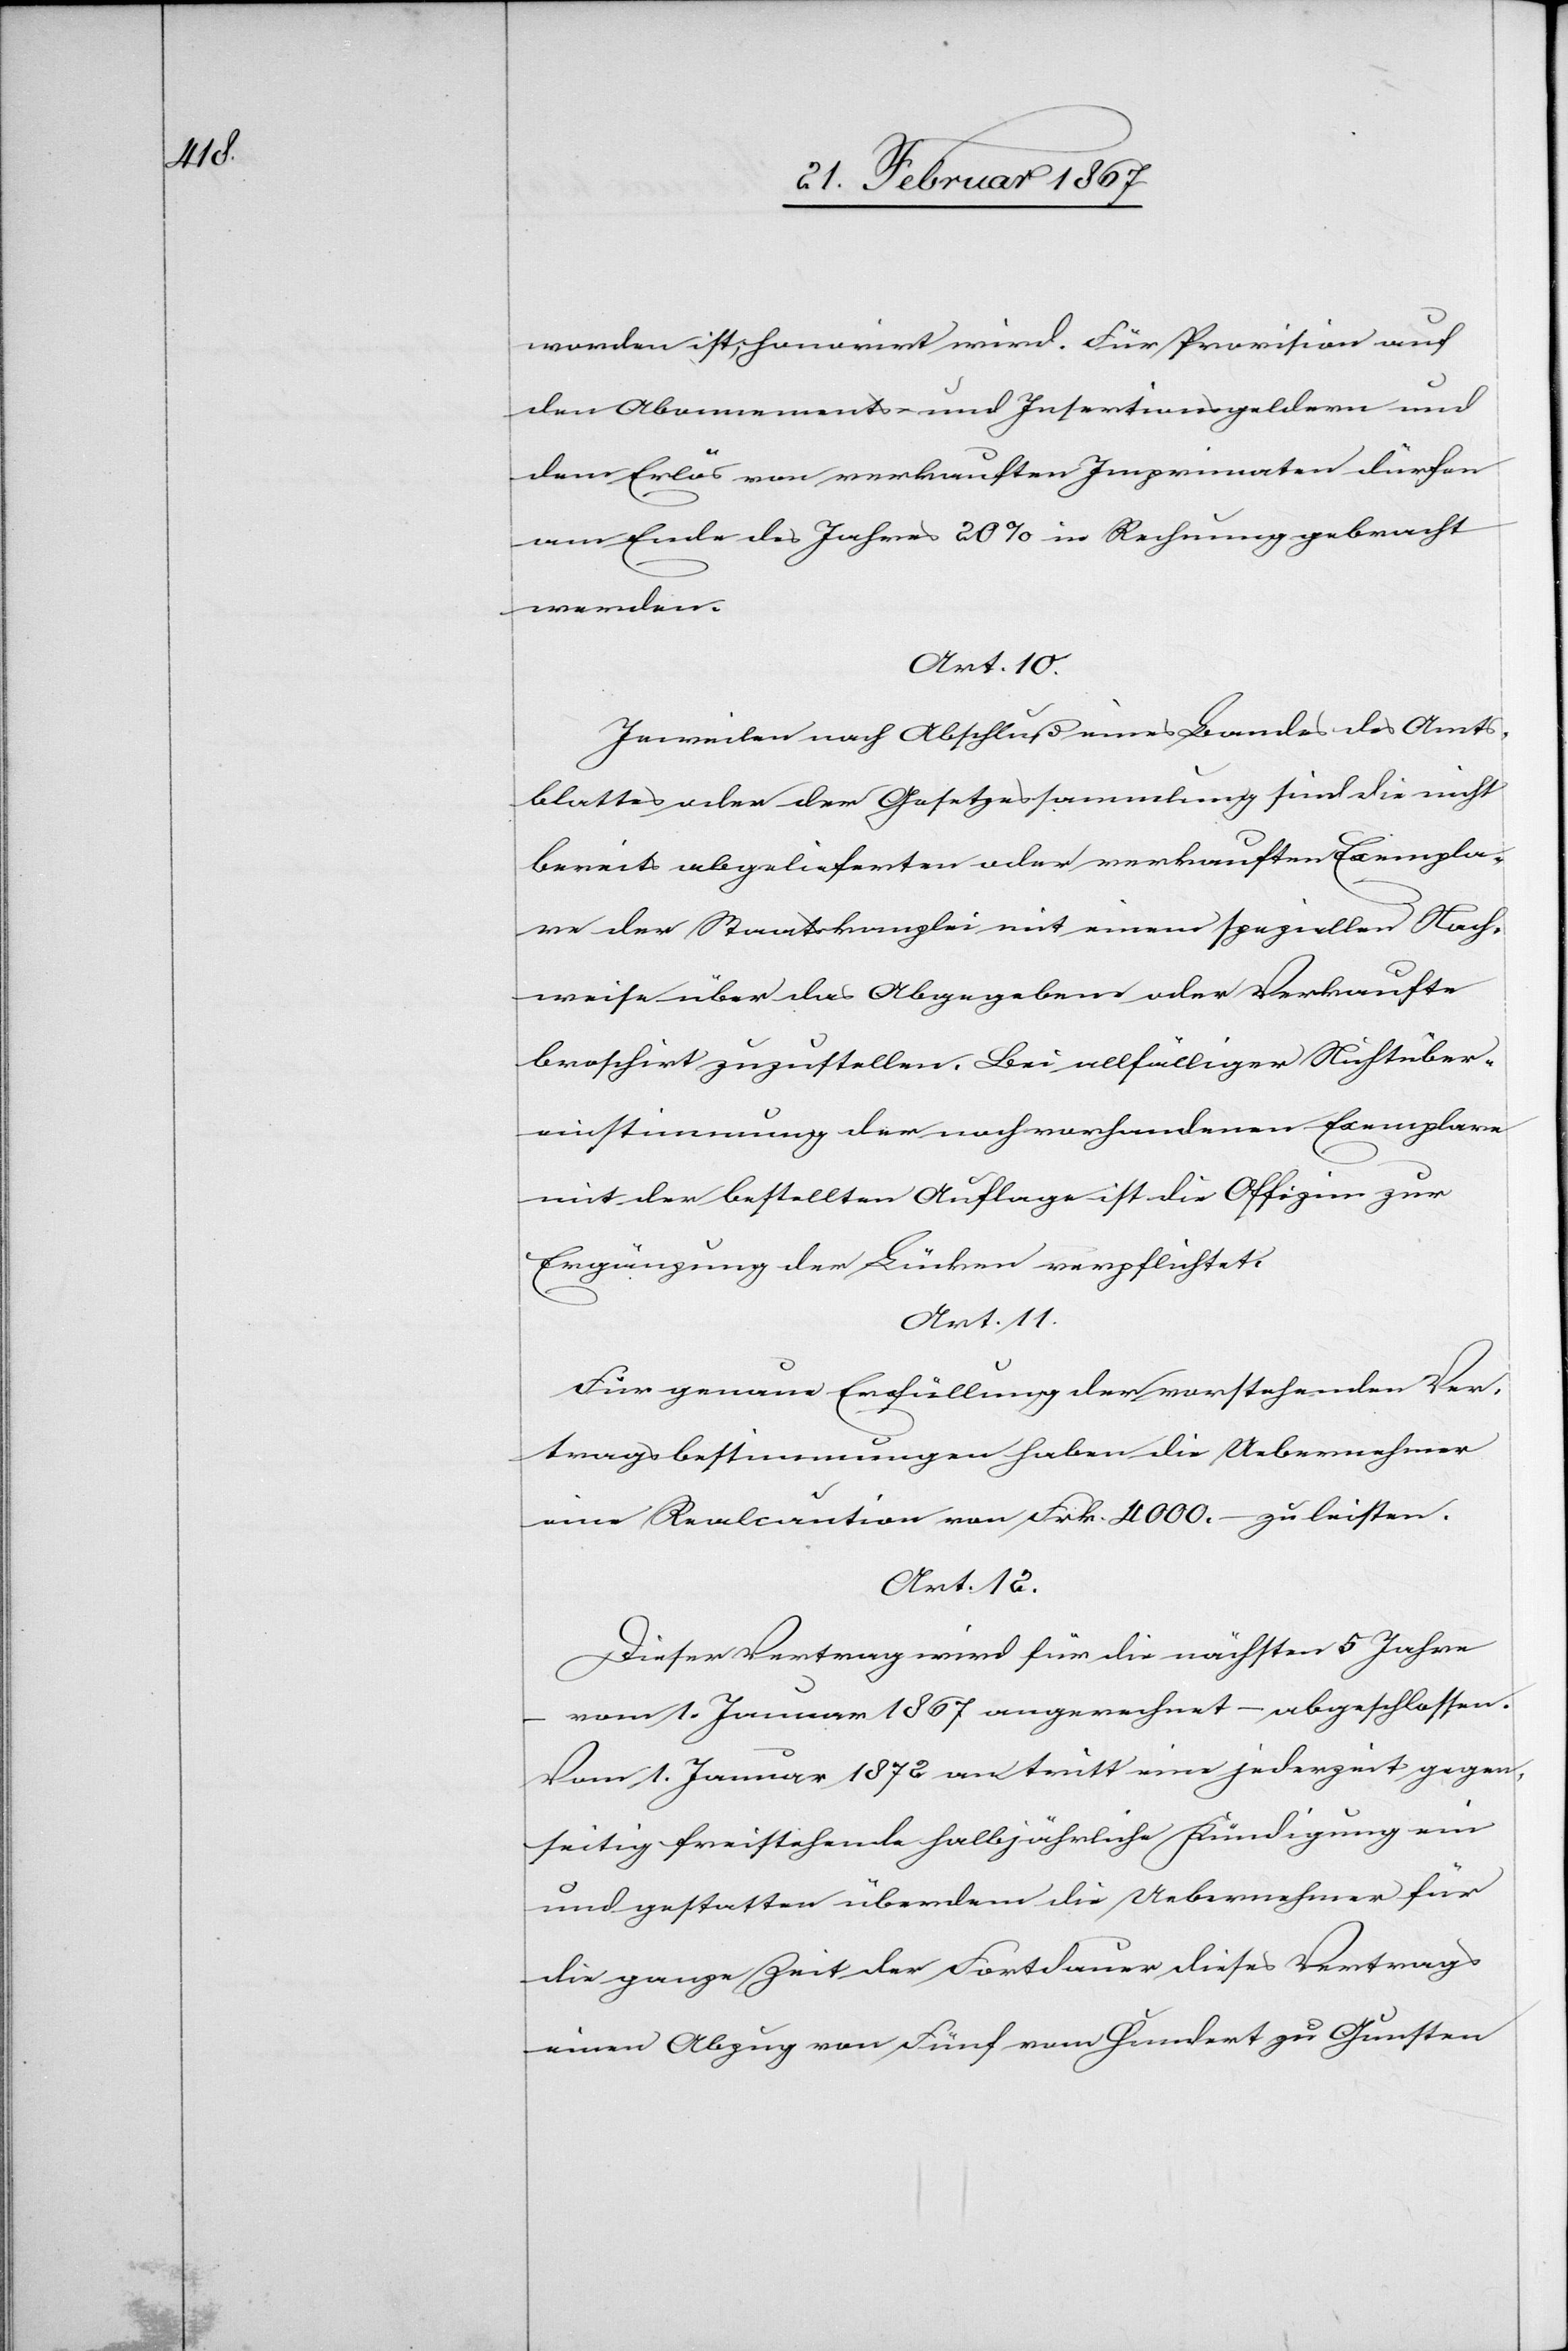
worden ist, honorirt wird. Für Provision auf
den Abonnements- und Insertionsgeldern und
den Erlös von verkauften Imprinaten dürfen
am Ende des Jahres 20% in Rechnung gebracht
werden.
Art. 10.
Jeweilen nach Abschluß eines Bandes des Amts¬
blattes oder der Gesetzessammlung sind die nicht
bereits abgelieferten oder verkauften Exempla¬
re der Staatskanzlei mit einem speziellen Nach¬
weise über das Abgegebene oder Verkaufte
broschirt zuzustellen. Bei allfälliger Nichtüber¬
einstimmung der noch vorhandenen Exemplare
mit der bestellten Auflage ist die Offizie zur
Ergänzung der Lücken verpflichtet.
Art. 11.
Für genaue Erfüllung der vorstehenden Ver¬
tragsbestimmungen haben die Uebernehmer
eine Realcaution von Frk. 4000.– zu leisten.
Art. 12.
Dieser Vertrag wird für die nächsten 5 Jahre
vom 1. Januar 1872 angerechnet – abgeschlossen.
Vom 1. Januar 1872 an tritt eine jederzeit gegen¬
seitig freistehende halbjährliche Kündigung ein
und gestatten überdem die Uebernehmer für
die ganze Zeit der Fortdauer dieses Vertrags
einen Abzug von Fünf vom Hundert zu Gunsten